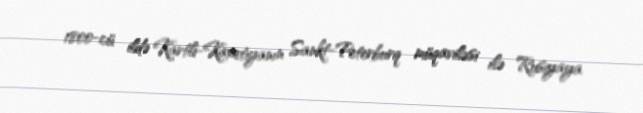
1800-cü ildə Kartli-Kaxetiyanın Sankt-Peterburq müqaviləsi ilə Rusiyaya